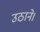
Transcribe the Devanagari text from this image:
उठाने।